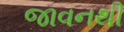
જાવનથી